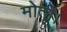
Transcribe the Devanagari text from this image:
मोती।